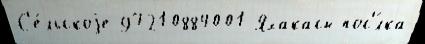
С'е́льскоjе 97210884001 Яхакасы пос'́лка